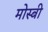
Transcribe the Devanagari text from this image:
मोस्बी